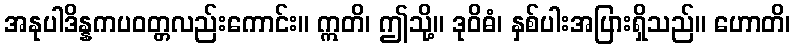
အနုပါဒိန္နကပဝတ္တလည်းကောင်း။ ဣတိ၊ ဤသို့။ ဒုဝိဓံ၊ နှစ်ပါးအပြားရှိသည်။ ဟောတိ၊